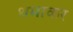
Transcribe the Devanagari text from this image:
थमाकर